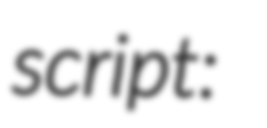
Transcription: script: